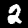
Digit: 2